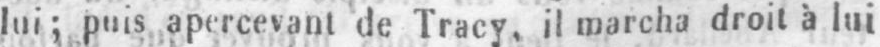
lui; puis apercevant de Tracy, il marcha droit à lui